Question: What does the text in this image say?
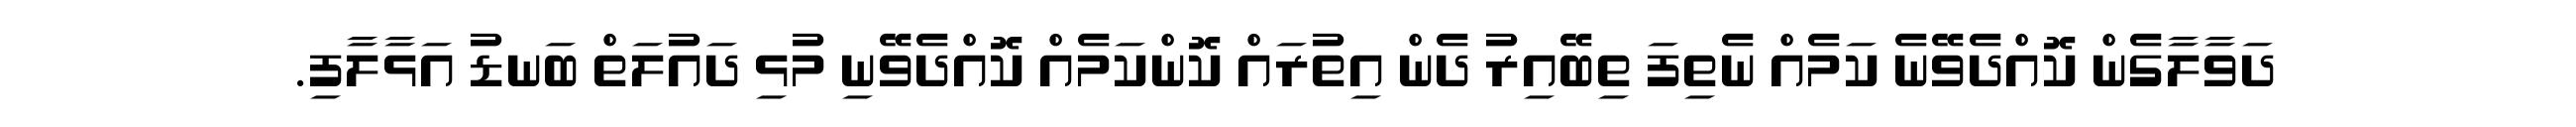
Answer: ދަވާލާގެން ކޮއްދެވޭނެ ކަމެއް ނެތިފަ ތިބޭއިރު ދެން އިތުރައް ކޮންކަމެއް ކޮއްދެވޭނި މުޅި ދައުލަތް ބަނޑު އަޅާލާފި.